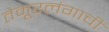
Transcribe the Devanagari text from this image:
तैमूरलंगाची